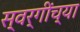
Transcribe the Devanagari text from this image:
स्वर्गींच्या